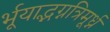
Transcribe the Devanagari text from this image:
र्भूयाद्भग्नत्रिमूर्ध्न